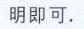
明即可.